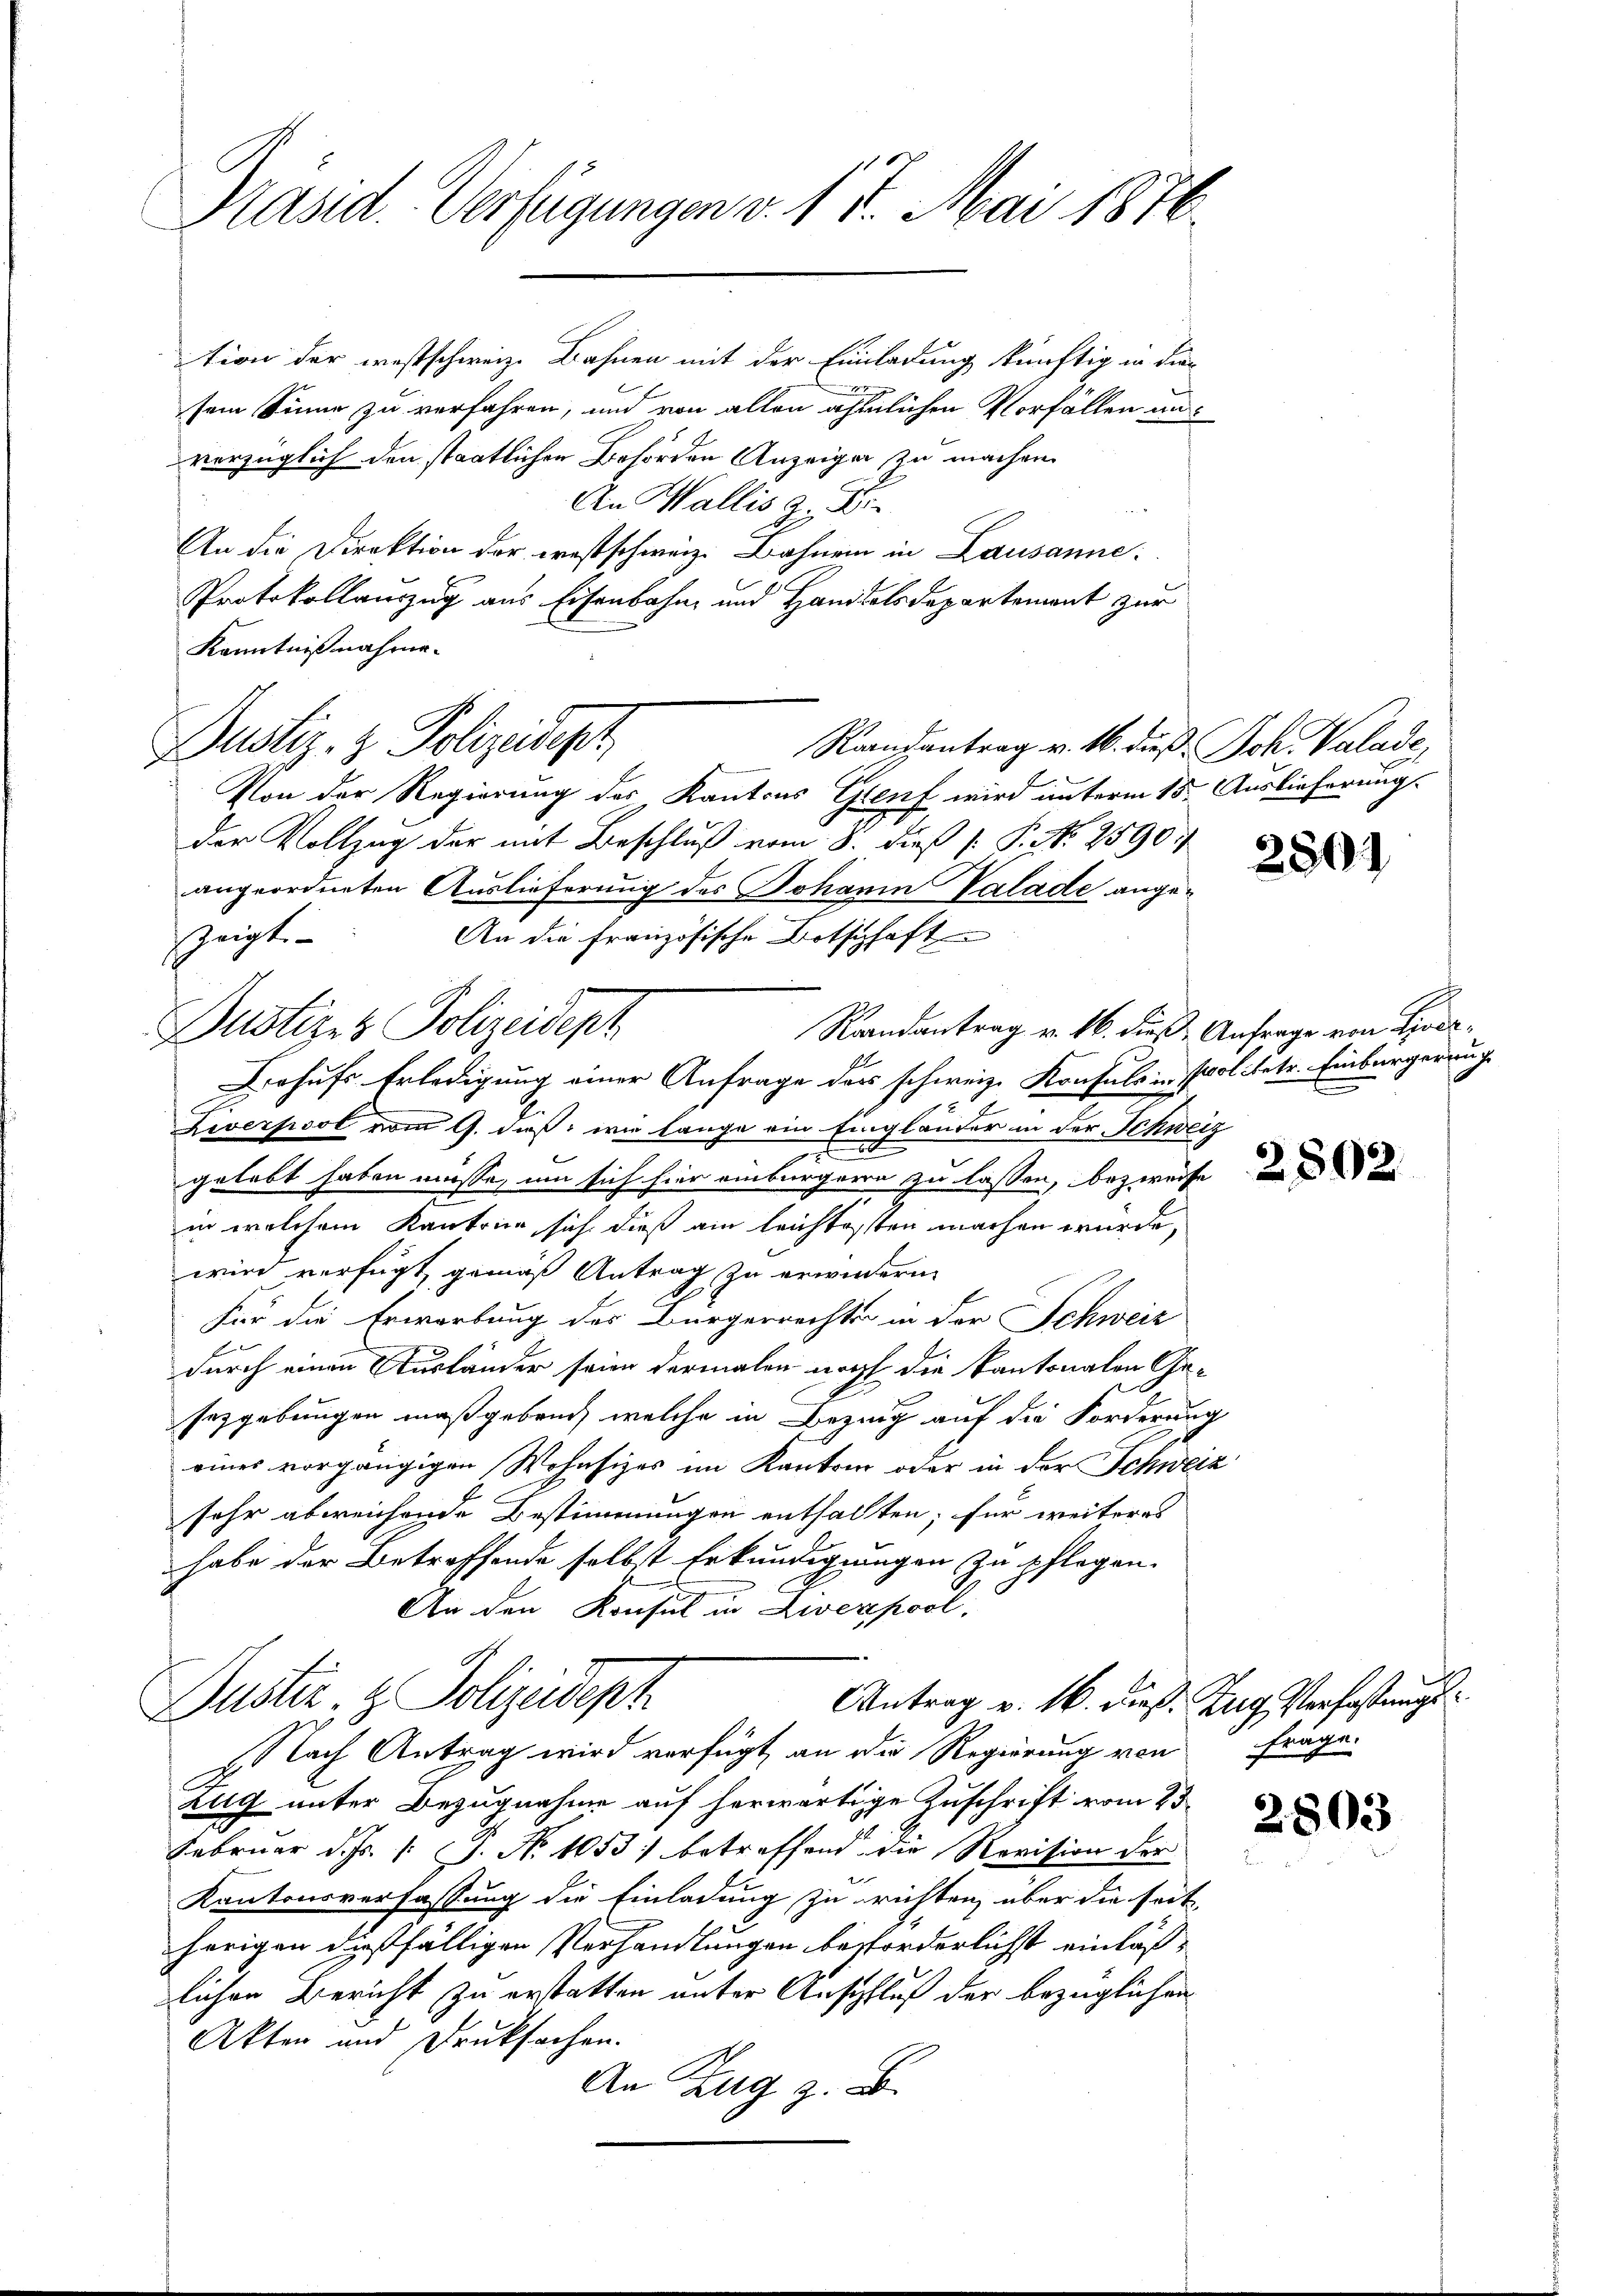
Präsid. Verfügungen v. 17. Mai 1876.

tion der westschweiz. Bahnen mit der Einladung künftig in die

sem Sinne zu verfahren, und von allen ähnlichen Vorfallen anverzüglich den staatlichen Behörden Anzeigen zu machen.
An Wallis z. B
An die Direktion der westschweiz. Bahnen in Lausanne:
Protokollauszug aus Eisenbahn und Handelsdepartement zur
Kenntnißnahme.
Dustiz- & Polizeidept
Randantrag v. 16. dieß Joh. Valade,
Von der Regierung des Kantons Genf wird unterm 15. Auslieferung
der Vollzug der mit Beschluß vom 8. dieß (: P. Nr. 2590
angeordneten Auslieferung des Johann Valade angezeigt.
An die französische Botschaft
Randantrag v. 16. dieß Anfrage von Lioda¬
Pustizes Polizeidept
Behufs Erledigung einer Anfrage des schweiz. Konsuls in Poliketr. Einbürgerrung
Liverpool vom 9. dieß, wie lange ein Eingländer in der Schweiz
ert
gelebt haben müsse, um sich hier einbürgern zu lassen, bezweife
in welchem Kantone sich dieß ein leichtisten machen würde,
wird verfügt, gemäß Antrag zu erwindern.
Für die Erwerbung des Bürgerrechte in der Schweiz
durch einen Ausländer sein dermalen noch die Kantonalen Geseygebungen maßgeben, welche in Bezug auf die Forderung
eines vorgängigen Wohnsitzes im Kantone oder in der Schweisehr abweichende Bestimmungen enthalten; für weiteres
habe der Betreffende selbst Erkundigungen zu pflegen.
An den Konsul in Liverpool,
Justiz- & Polizeideph
Antrag v. 16. dieß. Zug Verfaßungs¬
Nach Antrag wird verfügt, an die Regierung von
Zug unter Bezugnahme auf herwärtige Zuschrift vom 23.
Februar d. Js. v. J. No 1053 betreffend die Revision der
Kantonsverfassung die Einladung zu richten, über die seit
herigen dießfälligen Verhandlungen beforderlichst einläßlichen Bericht zu erstatten unter Anschluß der bezüglichen
Akten und Druksachen.
An Zug z. B.

2501

E

2802

frage.

2803